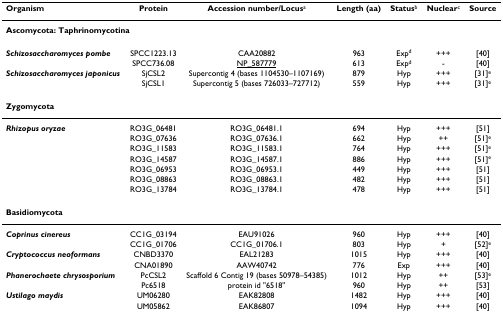
<table><thead><tr><td><b>Organism</b></td><td><b>Protein</b></td><td><b>Accession number/Locus<sup>a</sup></b></td><td><b>Length (aa)</b></td><td><b>Status<sup>b</sup></b></td><td><b>Nuclear<sup>c</sup></b></td><td><b>Source</b></td></tr></thead><tbody><tr><td colspan="7"><b>Ascomycota: Taphrinomycotina</b></td></tr><tr><td><b><i>Schizosaccharomyces pombe</i></b></td><td>SPCC1223.13</td><td>CAA20882</td><td>963</td><td>Exp<sup>d</sup></td><td>+++</td><td>[40]</td></tr><tr><td></td><td>SPCC736.08</td><td>NP_587779</td><td>613</td><td>Exp<sup>d</sup></td><td>-</td><td>[40]</td></tr><tr><td><b><i>Schizosaccharomyces japonicus</i></b></td><td>SjCSL2</td><td>Supercontig 4 (bases 1104530–1107169)</td><td>879</td><td>Hyp</td><td>+++</td><td>[31]<sup>e</sup></td></tr><tr><td></td><td>SjCSL1</td><td>Supercontig 5 (bases 726033–727712)</td><td>559</td><td>Hyp</td><td>+++</td><td>[31]<sup>e</sup></td></tr><tr><td colspan="7"><b>Zygomycota</b></td></tr><tr><td><b><i>Rhizopus oryzae</i></b></td><td>RO3G_06481</td><td>RO3G_06481.1</td><td>694</td><td>Hyp</td><td>+++</td><td>[51]</td></tr><tr><td></td><td>RO3G_07636</td><td>RO3G_07636.1</td><td>662</td><td>Hyp</td><td>++</td><td>[51]<sup>e</sup></td></tr><tr><td></td><td>RO3G_11583</td><td>RO3G_11583.1</td><td>764</td><td>Hyp</td><td>+++</td><td>[51]<sup>e</sup></td></tr><tr><td></td><td>RO3G_14587</td><td>RO3G_14587.1</td><td>886</td><td>Hyp</td><td>+++</td><td>[51]<sup>e</sup></td></tr><tr><td></td><td>RO3G_06953</td><td>RO3G_06953.1</td><td>449</td><td>Hyp</td><td>+++</td><td>[51]</td></tr><tr><td></td><td>RO3G_08863</td><td>RO3G_08863.1</td><td>482</td><td>Hyp</td><td>+++</td><td>[51]</td></tr><tr><td></td><td>RO3G_13784</td><td>RO3G_13784.1</td><td>478</td><td>Hyp</td><td>+++</td><td>[51]</td></tr><tr><td colspan="7"><b>Basidiomycota</b></td></tr><tr><td><b><i>Coprinus cinereus</i></b></td><td>CC1G_03194</td><td>EAU91026</td><td>960</td><td>Hyp</td><td>+++</td><td>[40]</td></tr><tr><td></td><td>CC1G_01706</td><td>CC1G_01706.1</td><td>803</td><td>Hyp</td><td>+</td><td>[52]<sup>e</sup></td></tr><tr><td><b><i>Cryptococcus neoformans</i></b></td><td>CNBD3370</td><td>EAL21283</td><td>1015</td><td>Hyp</td><td>+++</td><td>[40]</td></tr><tr><td></td><td>CNA01890</td><td>AAW40742</td><td>776</td><td>Exp</td><td>+++</td><td>[40]</td></tr><tr><td><b><i>Phanerochaete chrysosporium</i></b></td><td>PcCSL2</td><td>Scaffold 6 Contig 19 (bases 50978–54385)</td><td>1012</td><td>Hyp</td><td>++</td><td>[53]<sup>e</sup></td></tr><tr><td></td><td>Pc6518</td><td>protein id &quot;6518&quot;</td><td>960</td><td>Hyp</td><td>++</td><td>[53]</td></tr><tr><td><b><i>Ustilago maydis</i></b></td><td>UM06280</td><td>EAK82808</td><td>1482</td><td>Hyp</td><td>+++</td><td>[40]</td></tr><tr><td></td><td>UM05862</td><td>EAK86807</td><td>1094</td><td>Hyp</td><td>+++</td><td>[40]</td></tr></tbody></table>